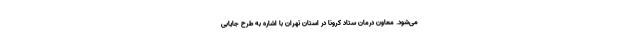
می‌شود. معاون درمان ستاد کرونا در استان تهران با اشاره به طرح جایابی